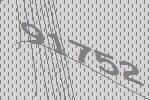
91752